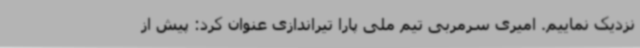
نزدیک نماییم. امیری سرمربی تیم ملی پارا تیراندازی عنوان کرد: پیش از